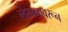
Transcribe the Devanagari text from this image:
लेखनावरून